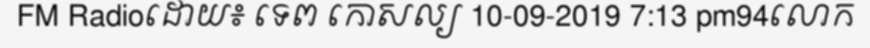
FM Radioដោយ៖ ទេព កោសល្យ 10-09-2019 7:13 pm94លោក